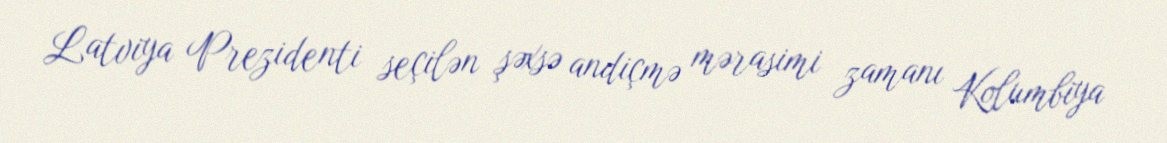
Latviya Prezidenti seçilən şəxsə andiçmə mərasimi zamanı Kolumbiya